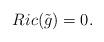
LaTeX: \begin{align*}Ric(\tilde g) = 0.\end{align*}